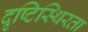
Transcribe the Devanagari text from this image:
दृष्टिस्थिरता